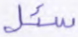
سئل